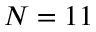
N = 1 1